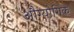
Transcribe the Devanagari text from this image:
औग्योगिक